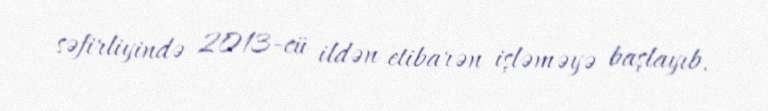
səfirliyində 2013-cü ildən etibarən işləməyə başlayıb.